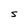
Character: S